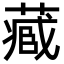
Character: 𮐼